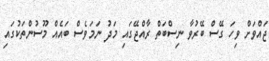
ޖައްވަށް ވިހަ ގޭސް ބޭރުވާ ނިސްބަތް ރާއްޖޭގައި މަދު ނަމަވެސް ބައެއް މޫސުންތަކުގައި